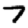
Digit: 7